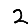
Digit: 2